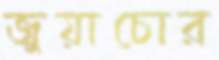
জুয়াচোর